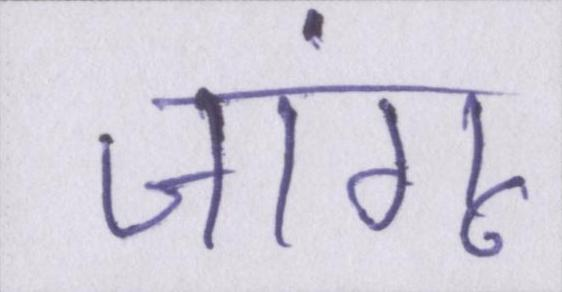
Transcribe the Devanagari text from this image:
जांगू